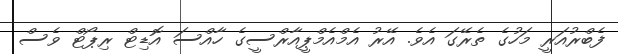
ފެބްރުއަރީ މަހުގެ ތެރޭގަ އެވެ. އޭރު އެމްއެމްޕީއާރްސީގެ ހާއްސަ އޮޑިޓް ރިޕޯޓް ވެސް